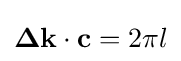
\mathbf {\Delta k} \cdot \mathbf {c} =2\pi l